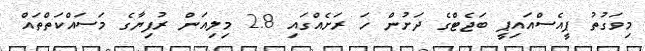
މިވަގުތު ޕީއެސްއައިޕީ ބަޖެޓްގެ ދަށުން ހަ ރަށެއްގައި 2.8 މިލިއަން ރުފިޔާގެ މަސައްކަތްތައް